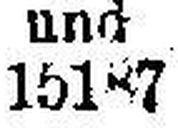
15187